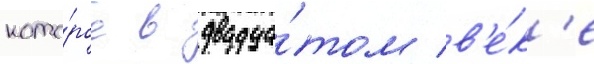
кото́рое в двадца́том в'е́к'е